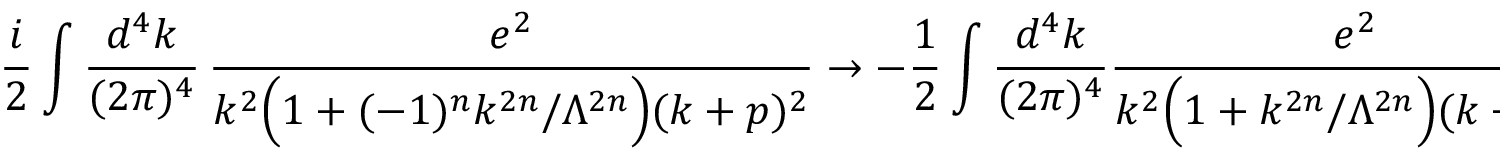
\frac { i } { 2 } \int \frac { d ^ { 4 } k } { ( 2 \pi ) ^ { 4 } } \, \frac { e ^ { 2 } } { k ^ { 2 } \Big ( 1 + ( - 1 ) ^ { n } k ^ { 2 n } / \Lambda ^ { 2 n } \Big ) ( k + p ) ^ { 2 } } \to - \frac { 1 } { 2 } \int \frac { d ^ { 4 } k } { ( 2 \pi ) ^ { 4 } } \frac { e ^ { 2 } } { k ^ { 2 } \Big ( 1 + k ^ { 2 n } / \Lambda ^ { 2 n } \Big ) ( k + p ) ^ { 2 } } .